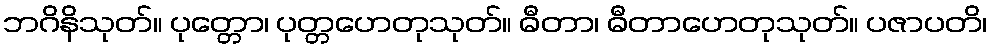
ဘဂိနိသုတ်။ ပုတ္တော၊ ပုတ္တဟေတုသုတ်။ ဓီတာ၊ ဓီတာဟေတုသုတ်။ ပဇာပတိ၊